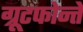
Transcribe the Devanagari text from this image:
ग्रूटफोन्तें